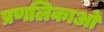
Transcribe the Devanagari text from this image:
प्रणलिकाओं